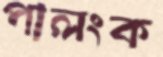
পালংক